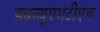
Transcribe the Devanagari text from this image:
डबल्यूएमटीएच